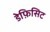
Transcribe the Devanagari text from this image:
डेफ़िसिट